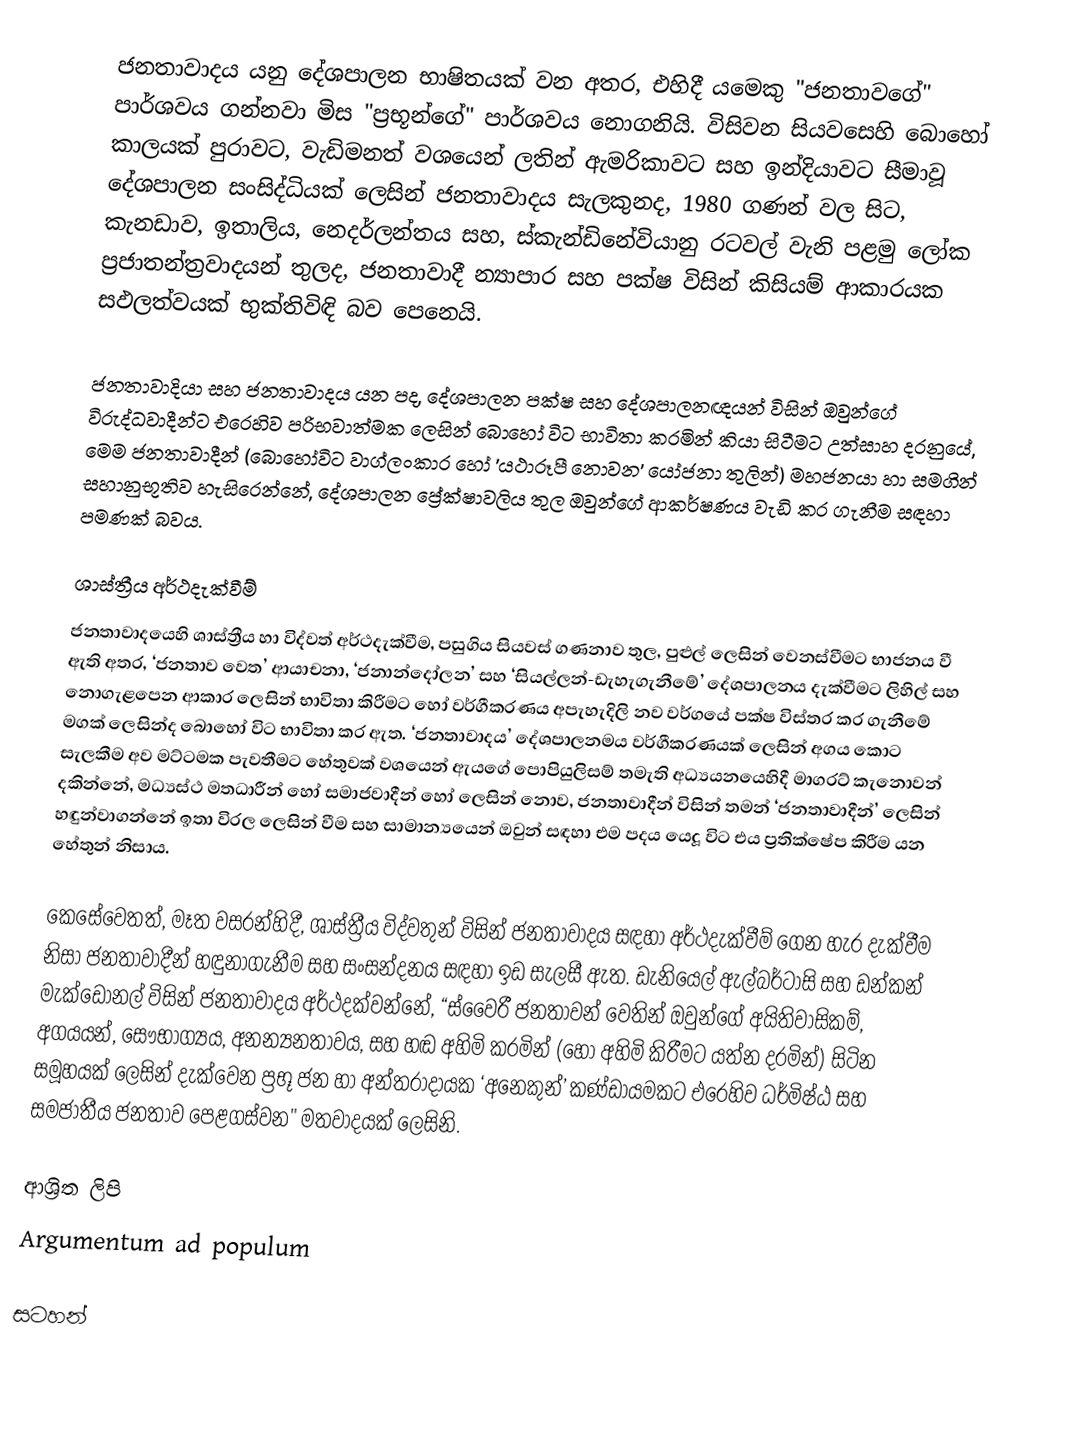
ජනතාවාදය යනු  දේශපාලන භාෂිතයක් වන අතර, එහිදී  යමෙකු "ජනතාවගේ" පාර්ශවය ගන්නවා මිස  "ප්‍රභූන්ගේ" පාර්ශවය නොගනියි.  විසිවන සියවසෙහි බොහෝ කාලයක් පුරාවට, වැඩිමනත් වශයෙන් ලතින් ඇමරිකාවට සහ ඉන්දියාවට සීමාවූ දේශපාලන සංසිද්ධියක් ලෙසින් ජනතාවාදය සැලකුනද, 1980 ගණන් වල සිට,  කැනඩාව, ඉතාලිය, නෙදර්ලන්තය සහ, ස්කැන්ඩිනේවියානු රටවල් වැනි පළමු ලෝක ප්‍රජාතන්ත්‍රවාදයන් තුලද, ජනතාවාදී න්‍යාපාර සහ පක්ෂ විසින් කිසියම් ආකාරයක සඵලත්වයක් භුක්තිවිඳි බව පෙනෙයි.

ජනතාවාදියා සහ ජනතාවාදය යන පද, දේශපාලන පක්ෂ සහ දේශපාලනඥයන් විසින් ඔවුන්ගේ විරුද්ධවාදීන්ට එරෙහිව පරිභවාත්මක ලෙසින් බොහෝ විට භාවිතා කරමින් කියා සිටීමට උත්සාහ දරනුයේ, මෙම ජනතාවාදීන් (බොහෝවිට වාග්ලංකාර හෝ 'යථාරූපී නොවන' යෝජනා තුලින්) මහජනයා හා සමගින් සහානුභූතිව හැසිරෙන්නේ, දේශපාලන ප්‍රේක්ෂාවලිය තුල ඔවුන්ගේ ආකර්ෂණය වැඩි කර ගැනීම සඳහා පමණක් බවය.

ශාස්ත්‍රීය අර්ථදැක්වීම්
ජනතාවාදයෙහි ශාස්ත්‍රීය හා විද්වත් අර්ථදැක්වීම, පසුගිය සියවස් ගණනාව තුල, පුළුල් ලෙසින් වෙනස්වීමට භාජනය වී ඇති අතර, ‘ජනතාව වෙත’ ආයාචනා, ‘ජනාන්දෝලන’ සහ ‘සියල්ලන්-ඩැහැගැනීමේ’ දේශපාලනය දැක්වීමට ලිහිල් සහ නොගැළපෙන ආකාර ලෙසින් භාවිතා කිරීමට හෝ වර්ගීකරණය අපැහැදිලි නව වර්ගයේ පක්ෂ විස්තර කර ගැනීමේ මගක් ලෙසින්ද  බොහෝ විට භාවිතා කර ඇත. ‘ජනතාවාදය’ දේශපාලනමය වර්ගීකරණයක් ලෙසින් අගය කොට සැලකීම අව මට්ටමක පැවතීමට හේතුවක් වශයෙන් ඇයගේ  පොපියුලිසම් තමැති  අධ්‍යයනයෙහිදී මාගරට් කැනොවන් දකින්නේ, මධ්‍යස්ථ මතධාරීන් හෝ සමාජවාදීන් හෝ ලෙසින් නොව, ජනතාවාදීන් විසින් තමන්  ‘ජනතාවාදීන්’ ලෙසින් හඳුන්වාගන්නේ ඉතා විරල ලෙසින් වීම සහ සාමාන්‍යයෙන් ඔවුන් සඳහා එම පදය යෙදූ විට එය ප්‍රතික්ෂේප කිරීම යන හේතුන් නිසාය.

කෙසේවෙතත්, මෑත වසරන්හිදී, ශාස්ත්‍රීය විද්වතුන් විසින් ජනතාවාදය සඳහා  අර්ථදැක්වීම් ගෙන හැර දැක්වීම නිසා ජනතාවාදීන් හඳුනාගැනීම සහ සංසන්දනය සඳහා ඉඩ සැලසී ඇත. ඩැනියෙල් ඇල්බර්ටාසි සහ ඩන්කන් මැක්ඩොනල් විසින් ජනතාවාදය අර්ථදක්වන්නේ,  “ස්වෛරී ජනතාවන් වෙතින්  ඔවුන්ගේ අයිතිවාසිකම්, අගයයන්, සෞභාග්‍යය, අනන්‍යනතාවය, සහ හඬ අහිමි කරමින් (හෝ අහිමි කිරීමට යත්න දරමින්) සිටින සමූහයක් ලෙසින් දැක්වෙන ප්‍රභූ ජන හා  අන්තරාදායක ‘අනෙකුන්’ කණ්ඩායමකට එරෙහිව ධර්මිෂ්ඨ සහ සමජාතීය ජනතාව පෙළගස්වන" මතවාදයක් ලෙසිනි.

ආශ්‍රිත ලිපි
 Argumentum ad populum

සටහන්